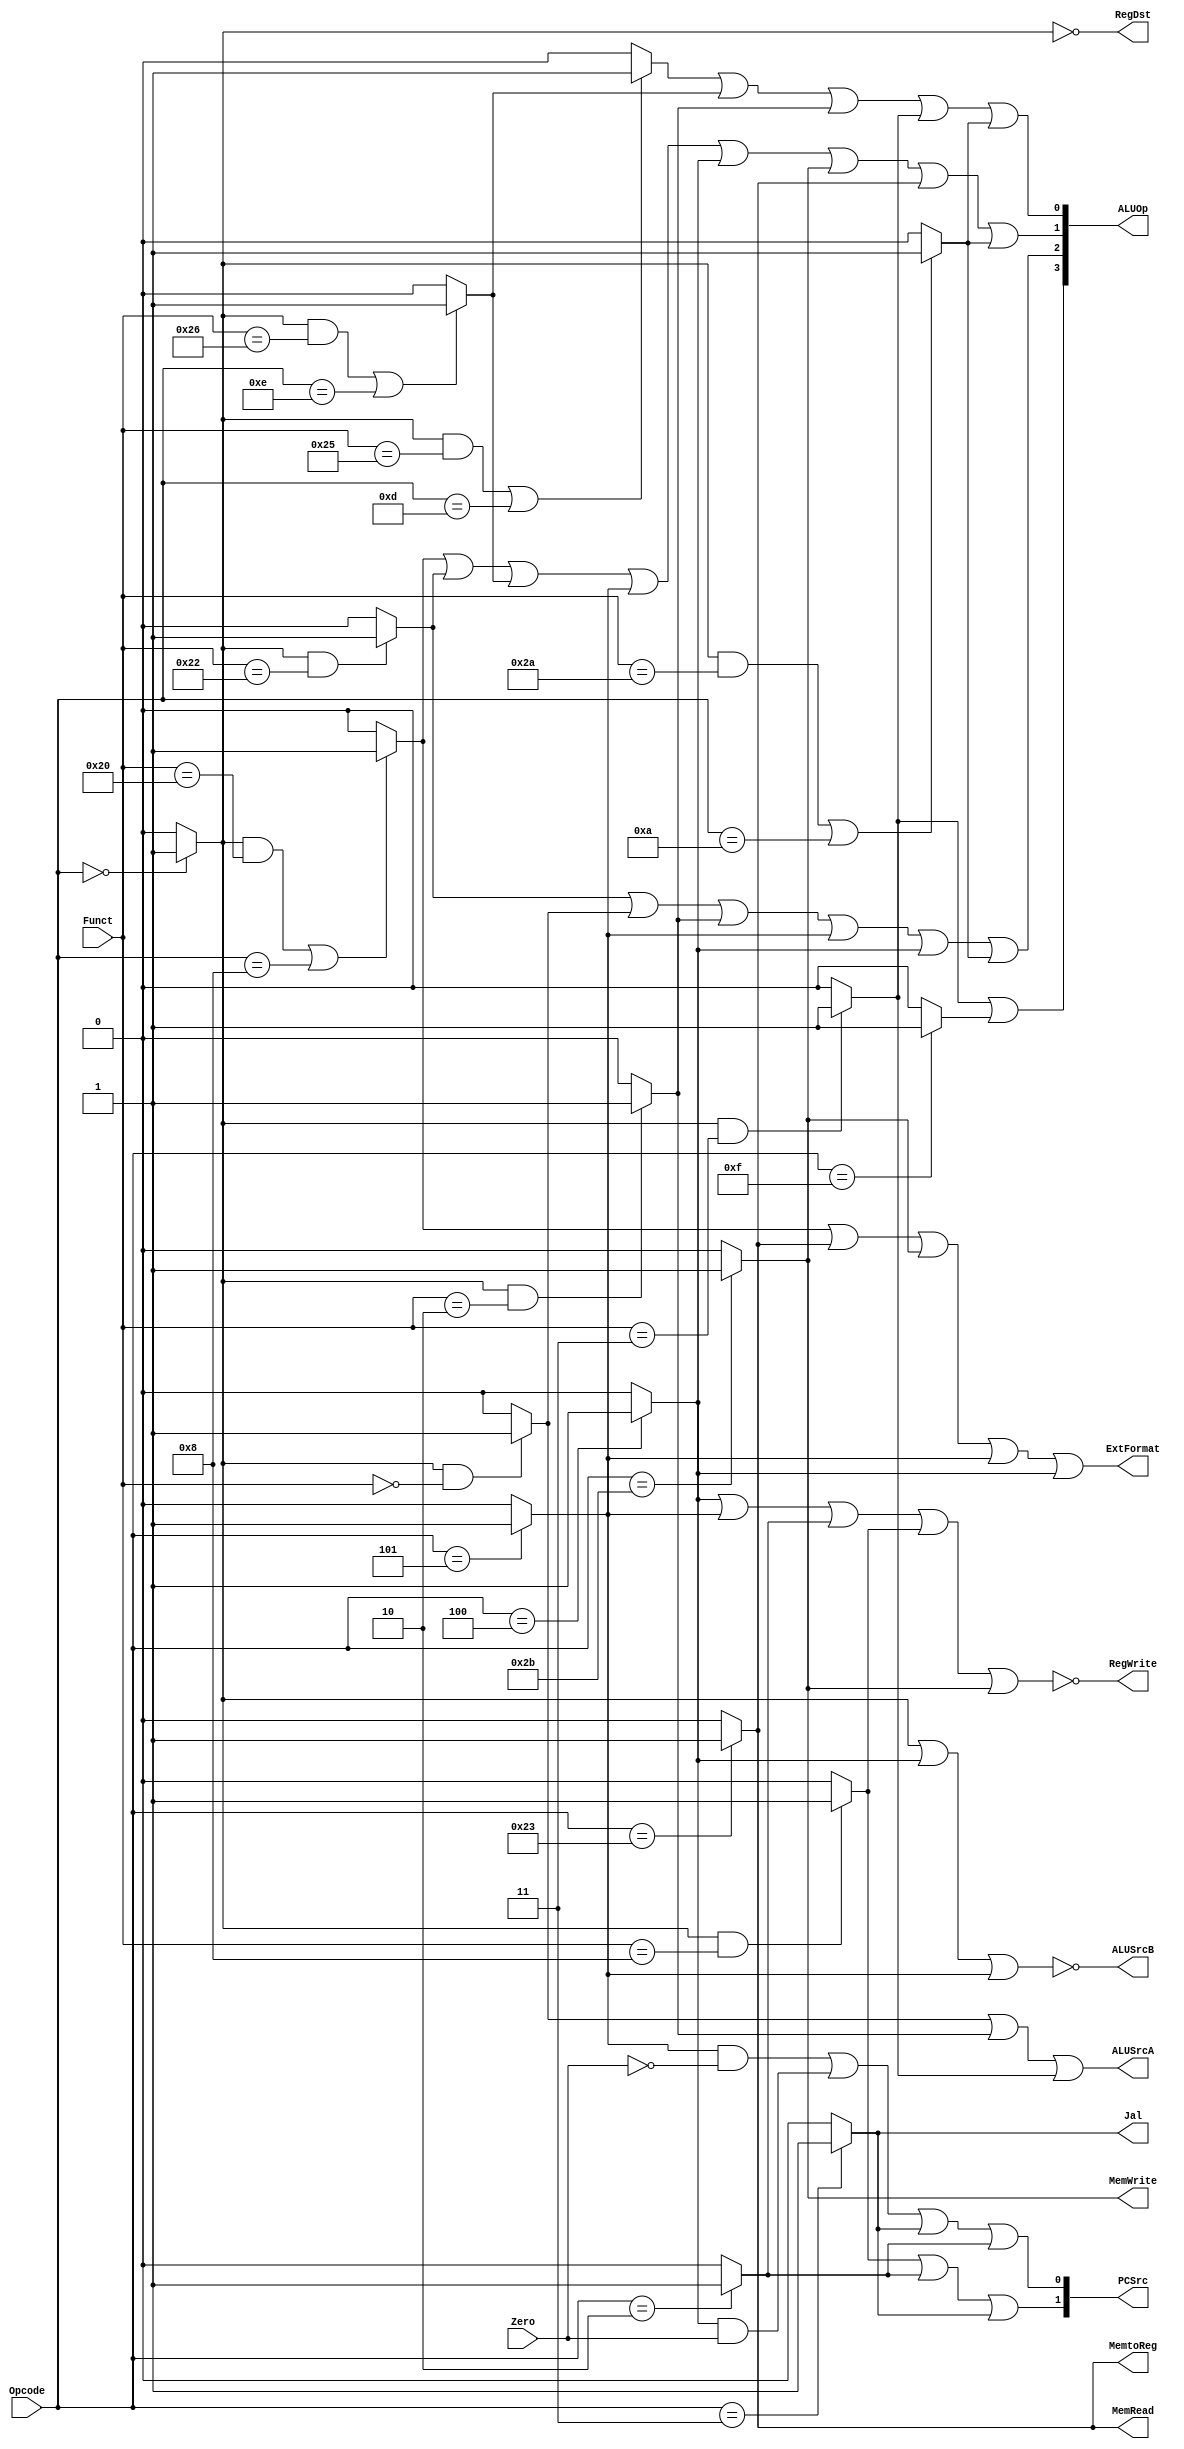
module Control(
	Opcode,		// The opcode field in instruction
	Funct,		// The funct field in instruction
	Zero,		// From ALU
	RegDst,		// rd is denstination register if 0, rt if 1
	Jal,		// Force $31 be the destination register and store current PC to $31 if it's enabled
	ExtFormat,	// Zero-extend if 0, Sign-extend if 1
	MemRead,	// Reading memory is available if it's enabled
	MemtoReg,	// Data to be written into register file is from memory if 1, ALU's result if 0.
	ALUOp,		// Control the operation of ALU
	ALUSrcA,	// The data in rs if 0, shamt if 1
	ALUSrcB,	// The data in rt if 0, immediate number if 1
	MemWrite,	// Writing memory is available if it's enabled
	RegWrite,	// Writing register is available if it's enabled
	PCSrc		// 0:PC+4(most) 1:PC+4+Imm<<2(bne,beq) 2:data in rs(jr) 3:addr<<2(j,jal)
);
input [5:0] Opcode, Funct;
input Zero;
output RegDst, Jal, ExtFormat, MemRead, MemtoReg, ALUSrcA, ALUSrcB, MemWrite, RegWrite;
output [3:0] ALUOp;
output [1:0] PCSrc;

reg RType, iAdd, iAnd, iBeq, iBne, iJ, iJal, iJr, iLui, iLw, iOr, iSll, iSrl, iSw, iSub, iXor, iSra, iSlt;
always @(*)
begin
	RType = (Opcode == 6'h00)?1:0;
	iAdd = (RType && Funct==6'h20 || Opcode == 6'h08)?1:0;
	iAnd = (RType && Funct==6'h24 || Opcode == 6'h0c)?1:0;
	iBeq = (Opcode == 6'h04)?1:0;
	iBne = (Opcode == 6'h05)?1:0;
	iJ   = (Opcode == 6'h02)?1:0;
	iJal = (Opcode == 6'h03)?1:0;
	iJr  = (RType && Funct==6'h08)?1:0;
	iLui = (Opcode == 6'h0f)?1:0;
	iLw  = (Opcode == 6'h23)?1:0;
	iOr  = (RType && Funct==6'h25 || Opcode == 6'h0d)?1:0;
	iSll = (RType && Funct==6'h00)?1:0;
	iSrl = (RType && Funct==6'h02)?1:0;
	iSw  = (Opcode == 6'h2b)?1:0;
	iSub = (RType && Funct==6'h22)?1:0;
	iXor = (RType && Funct==6'h26 || Opcode == 6'h0e)?1:0;
	iSra = (RType && Funct==6'h03)?1:0;
	iSlt = (RType && Funct==6'h2a || Opcode == 6'h0a)?1:0;
end
assign RegDst = ~RType;
assign Jal = iJal;
assign ExtFormat = iAdd | iLw | iSw | iBne | iBeq;
assign MemRead = iLw;
assign MemtoReg = iLw;
assign ALUSrcA = iSll | iSrl | iSra;
assign ALUSrcB = ~(RType | iBeq | iBne);
assign MemWrite = iSw;
assign RegWrite = ~(iBeq | iBne | iJ | iJr | iSw);
assign ALUOp[3] = iSra | iLui;
assign ALUOp[2] = iSub | iSll | iSrl | iBne | iBeq | iSlt;
assign ALUOp[1] = iAdd | iSub | iXor | iBne | iBeq | iSw | iLw | iSlt;
assign ALUOp[0] = iOr  | iXor | iSrl | iSra | iSlt;
assign PCSrc[1] = iJr  | iJ   | iJal;
assign PCSrc[0] = iBne&~Zero | iBeq&Zero | iJal | iJ;
endmodule